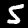
Digit: 5